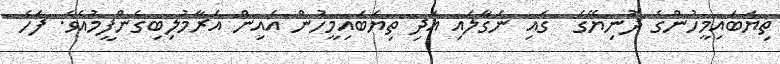
ތިޔަބައިމީހުންގެ ދުނިޔޭގެ  ގައި ނަގާލައި އަދި ތިޔަބައިމީހުން އެއިން އަރާމުލިބިގެންފީމުއެވެ. ފަހެ